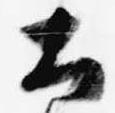
土